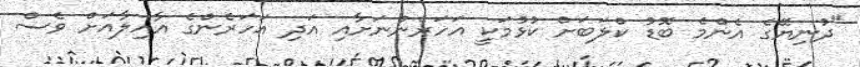
"ދުނިޔޭގެ އެންމެ ބޮޑު ކްލަބަށް ކުޅުމަކީ އަހަރެންނަށާއި އަދި އަހަރެންގެ އާއިލާއަށް ވެސް